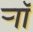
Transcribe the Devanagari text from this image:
र्‍ाॉ